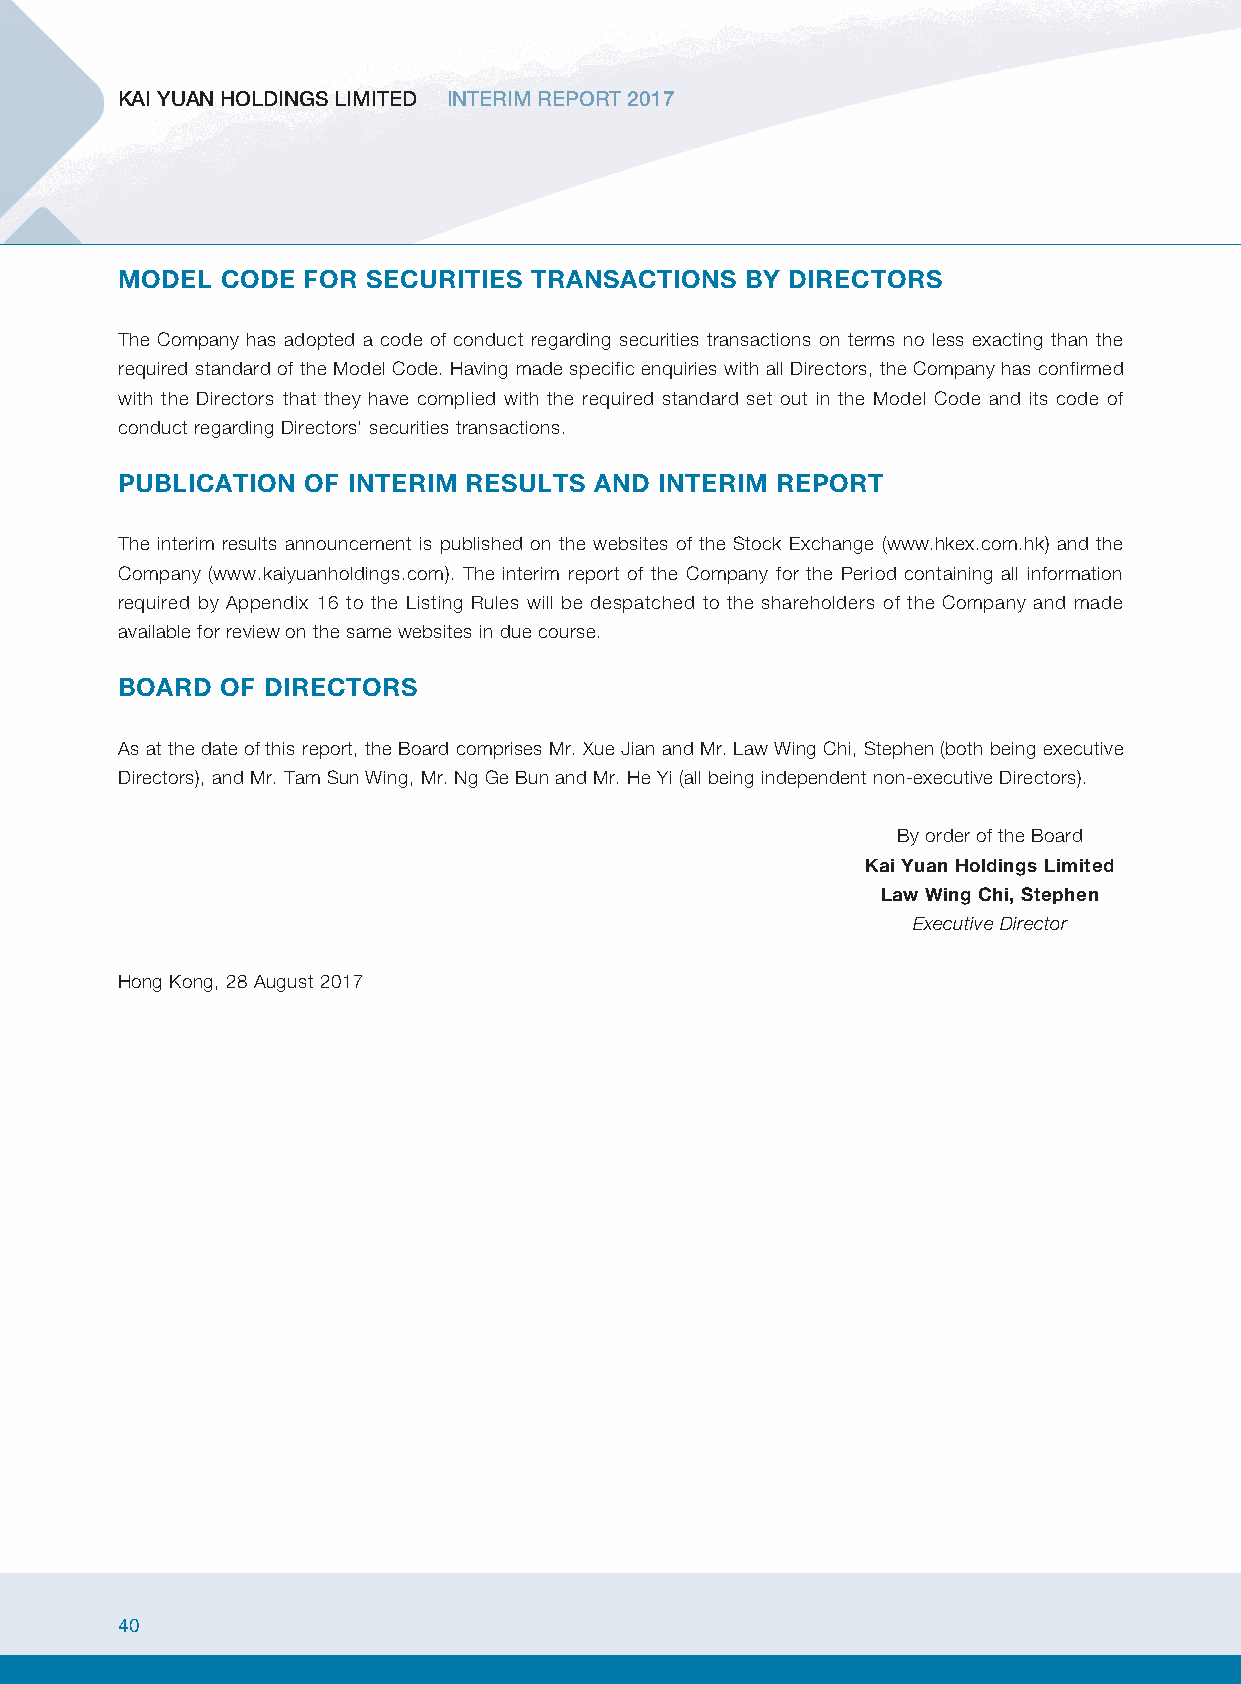
KAI YUAN HOLDINGS LIMITED INTERIM REPORT 2017
 MODEL  CODE FOR SECURITIES TRANSACTIONS  BY DIRECTORS
 The Company has adopted a code of conduct regarding securities transactions on terms no less exacting than the
 required standard of the Model Code. Having made specific enquiries with all Directors, the Company has confirmed
 with the Directors that they have complied with the required standard set out in the Model Code and its code of
 conduct regarding Directors’ securities transactions.
 PUBLICATION OF INTERIM RESULTS AND  INTERIM REPORT
 The interim results announcement is published on the websites of the Stock Exchange (www.hkex.com.hk) and the
 Company (www.kaiyuanholdings.com). The interim report of the Company for the Period containing all information
 required by Appendix 16 to the Listing Rules will be despatched to the shareholders of the Company and made
 available for review on the same websites in due course.
 BOARD  OF DIRECTORS
 As at the date of this report, the Board comprises Mr. Xue Jian and Mr. Law Wing Chi, Stephen (both being executive
 Directors), and Mr. Tam Sun Wing, Mr. Ng Ge Bun and Mr. He Yi (all being independent non-executive Directors).
 By order of the Board
 Kai Yuan Holdings Limited
 Law Wing Chi, Stephen
 Executive Director
 Hong Kong, 28 August 2017
 40